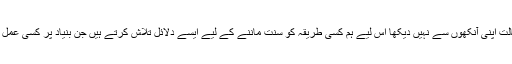
ہم نے چونکہ عہد رسالت اپنی آنکھوں سے نہیں دیکھا اس لیے ہم کسی طریقہ کو سنت ماننے کے لیے ایسے دلائل تلاش کرتے ہیں جن بنیاد پر کسی عمل کو سنت مانا جاسکے۔